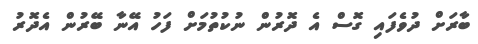
ބާރަށް ދުވެފައި ގޮސް އެ ދޮރުން ނުކުތުމަށް ފަހު އޭނާ ބޭރުން އެދޮރު